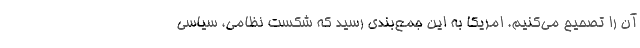
آن را تصحيح مي‌كنيم. امريكا به اين جمع‌بندي رسيد كه شكست نظامي، سياسي